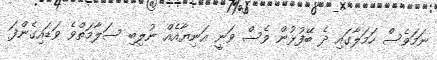
ނަމަވެސް ހަމަލާގައި ދެ ބޭފުޅުން ވެސް ވަނީ އަނިޔާއެއް ނުލިބި ސަލާމަތްވެ ވަޑައިގެންފަ